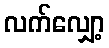
လက်လျှော့